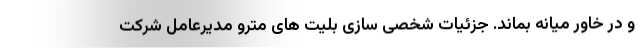
و در خاور میانه بماند. جزئیات شخصی سازی بلیت های مترو مدیرعامل شرکت